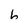
Character: 6